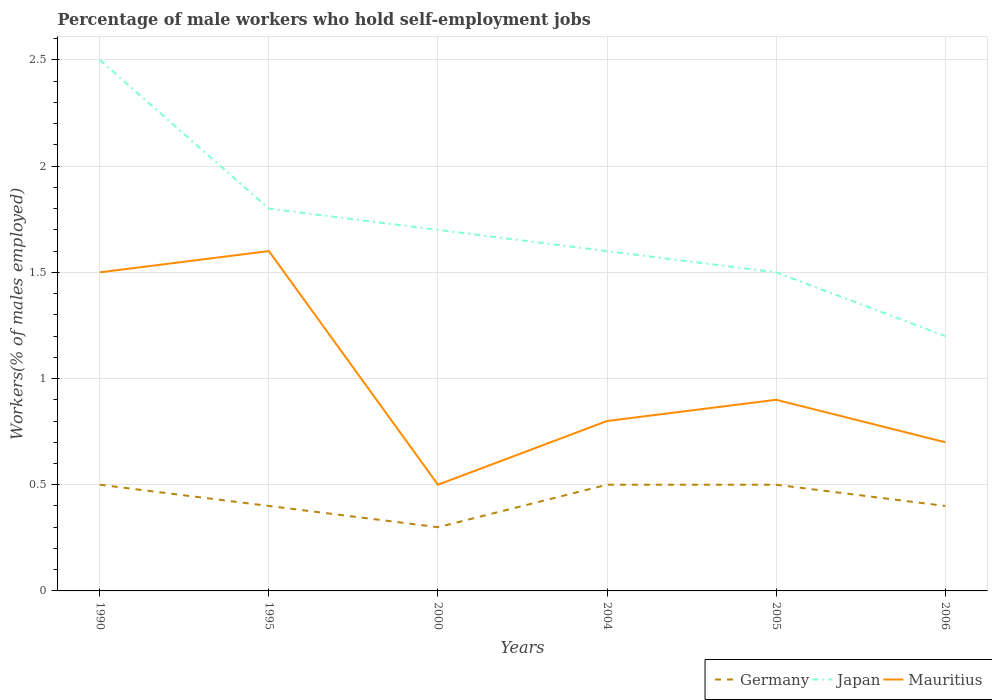
| Years | Germany | Japan | Mauritius |
 | --- | --- | --- | --- |
 | 1990 | 0.5 | 2.5 | 1.5 |
 | 1995 | 0.4 | 1.8 | 1.6 |
 | 2000 | 0.3 | 1.7 | 0.5 |
 | 2004 | 0.5 | 1.6 | 0.8 |
 | 2005 | 0.5 | 1.5 | 0.9 |
 | 2006 | 0.4 | 1.2 | 0.7 |